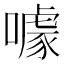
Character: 噱